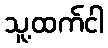
သူ့ထက်ငါ